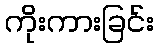
ကိုးကားခြင်း